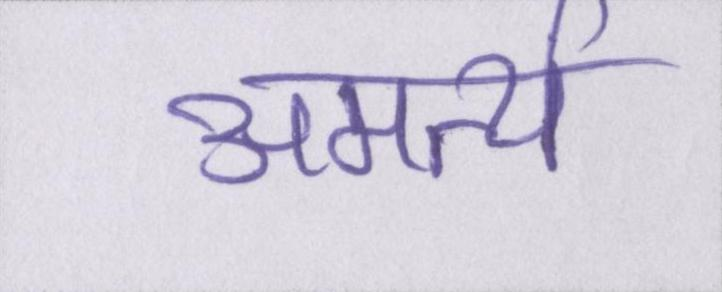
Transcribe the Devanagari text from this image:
अमर्त्य